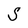
Character: S